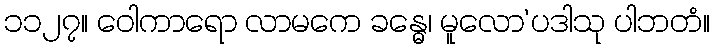
၁၁၂၇။ ဝေါကာရော လာမကေ ခန္ဓေ၊ မူလော’ပဒါသု ပါဘတံ။